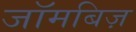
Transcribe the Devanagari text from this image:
जॉमबिज़